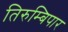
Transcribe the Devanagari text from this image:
तिरुम्बिपार